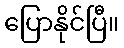
ပြောနိုင်ပြီ။